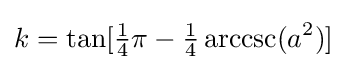
k=\tan[{\tfrac {1}{4}}\pi -{\tfrac {1}{4}}\operatorname {arccsc} (a^{2})]